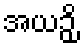
အယဉှိ